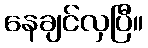
နေချင်လှပြီ။